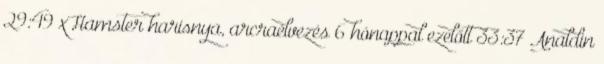
29:49 xHamster harisnya, arcraélvezés 6 hónappal ezelőtt 33:37 Analdin